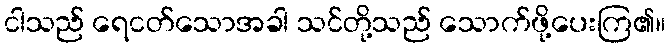
ငါသည် ရေငတ်သောအခါ သင်တို့သည် သောက်ဖို့ပေးကြ၏။